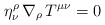
\begin{align*}\eta _\nu ^\rho \,\nabla _\rho \,T^{\mu \nu }=0 \end{align*}